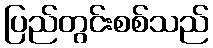
ပြည်တွင်းစစ်သည်